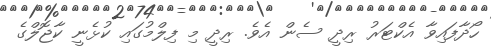
ހޯދާފައިވާ އެކްޓަރު ރިދީ ސެން އެެވެ. ރިދީ މި ފިލްމުގައި ކުޅެނީ ކާޖޮލްގެ